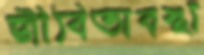
জীবিতাবস্থা